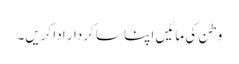
وطن کی مائیں اپنا سا کردار ادا کریں۔